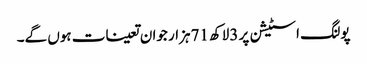
پولنگ اسٹیشن پر 3لاکھ 71ہزار جوان تعینات ہوں گے۔